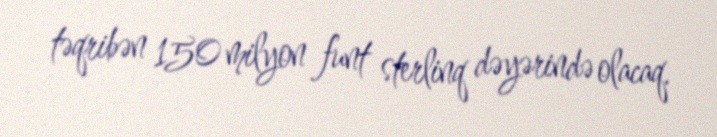
təqribən 150 milyon funt sterlinq dəyərində olacaq.